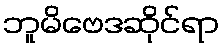
ဘူမိဗေဒဆိုင်ရာ